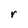
Character: r